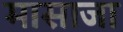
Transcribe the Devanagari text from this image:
मासाजा